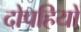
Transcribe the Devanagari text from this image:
दोपहियों